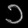
Digit: ၁